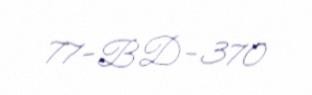
77-BD-370